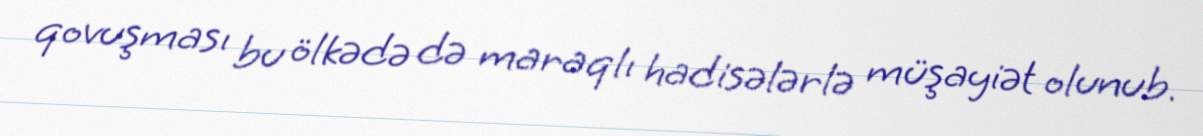
qovuşması bu ölkədə də maraqlı hadisələrlə müşayiət olunub.